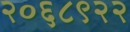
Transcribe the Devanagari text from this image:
२०६८९२२